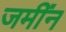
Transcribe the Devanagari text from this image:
जमींन